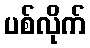
ပစ်လိုက်